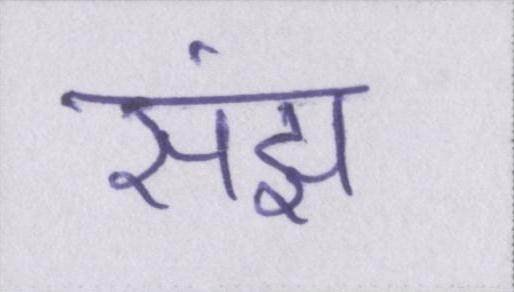
संझ